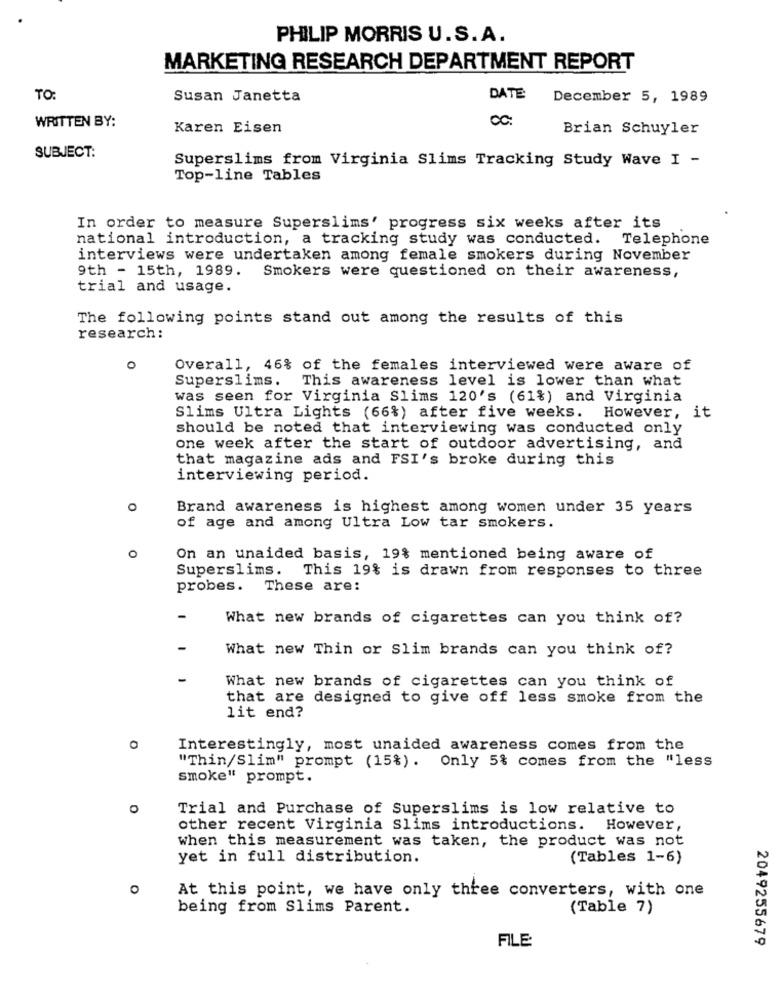
PHILIP MORRIS U.S. A.
MARKETING RESEARCH DEPARTMENT REPORT
TO:
Susan Janetta
DATE
December 5, 1989
WRITTEN BY:
Karen Eisen
CC:
Brian Schuyler
SUBJECT:
Superslims from Virginia Slims Tracking Study Wave I -
Top-line Tables
In order to measure Superslims' progress six weeks after its
national introduction, a tracking study was conducted. Telephone
interviews were undertaken among female smokers during November
9th - 15th, 1989.
Smokers were questioned on their awareness,
trial and usage.
The following points stand out among the results of this
research:
0
Overall, 46% of the females interviewed were aware of
Superslims. This awareness level is lower than what
was seen for Virginia Slims 120's (61%) and Virginia
Slims Ultra Lights (66%) after five weeks. However, it
should be noted that interviewing was conducted only
one week after the start of outdoor advertising, and
that magazine ads and FSI's broke during this
interviewing period.
O
Brand awareness is highest among women under 35 years
of age and among Ultra Low tar smokers.
O
On an unaided basis, 19% mentioned being aware of
Superslims. This 19% is drawn from responses to three
probes.
These are:
-
What new brands of cigarettes can you think of?
-
What new Thin or Slim brands can you think of?
What new brands of cigarettes can you think of
that are designed to give off less smoke from the
lit end?
Interestingly, most unaided awareness comes from the
"Thin/Slim" prompt (15%). Only 5% comes from the "less
smoke" prompt.
Trial and Purchase of Superslims is low relative to
other recent Virginia Slims introductions. However,
when this measurement was taken, the product was not
yet in full distribution.
(Tables 1-6)
o
At this point, we have only three converters, with one
being from Slims Parent.
(Table 7)
FILE
2049255679